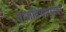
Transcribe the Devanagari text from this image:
वाजविणार्‍यावर